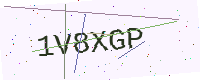
Text: 1V8XGP